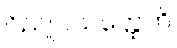
ဝိညူပသတ္ထေဟိ